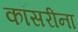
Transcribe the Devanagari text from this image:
कॉसरीना